Indian journal of veterinary science and animal husbandry - Volume 2,
Year: 1932
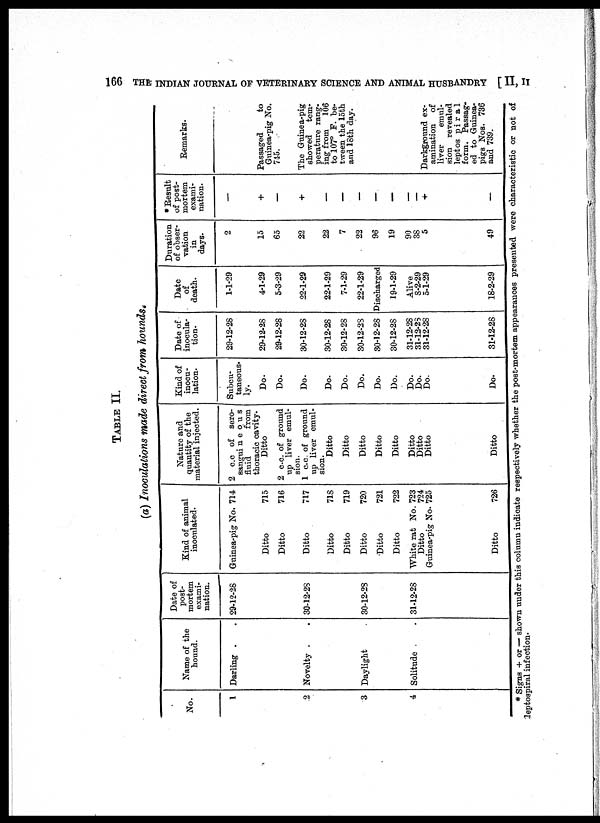
166 THE INDIAN JOURNAL OF VETERINARY SCIENCE AND ANIMAL HUSBANDRY [ II, II
TABLE II.
(a) Inoculations made direct from hounds.
No.
1
2
3
4
Name of the
hound.
Darling . .
Novelty . .
Daylight .
Solitude . .
Date of
post-
mortem
exami-
nation.
29-12-28
30-12-28
30-12-28
31-12-28
Kind of animal
inoculated.
Guinea-pig No. 714
Ditto
715
Ditto
716
Ditto
717
Ditto
718
Ditto
719
Ditto
720
Ditto
721
Ditto
722
White rat No. 723
Ditto
724
Guinea-pig No. 725
Ditto
726
Nature and
quantity of the
material injected.
2 c.c of sero¬
sangui neous
fluid
from
thoracic cavity.
Ditto
2 c.c. of ground
up liver emul-
sion.
1 cc. of ground
up liver emul-
sion.
Ditto
Ditto
Ditto
Ditto
Ditto
Ditto
Ditto
Ditto
Ditto
Kind of
inocu-
lation.
Subcu-
taneous¬
ly.
Do.
Do.
Do.
Do.
Do.
Do.
Do.
Do.
Do.
Do.
Do.
Do.
Date of
inocula-
tion.
29-12-28
29-12-28
29-12-28
30-12-28
30-12-28
30-12-28
30-12-28
30-12-28
30-12-28
31-12-28
31-12-28
31-12-28
31-12-28
Date
of
death.
1-1-29
4-1-29
5-3-29
22-1-29
22-1-29
7-1-29
22-1-29
Discharged
19-1-29
Alive
8-2-29
5-1-29
18-2-29
Duration
of obser-
vation
in
days.
2
15
65
22
22
7
22
96
19
90
38
5
49
*Result
of post-
mortem
exami-
nation.
—
+
+
—
—
—
—
—
—
—
+
—
Remarks.
Passaged
to
Guinea-pig No.
745.
The Guinea-pig
showed
tem-
perature rang-
ing from
106
to 107° P. be-
tween the 15th
and 18th day.
Darkground ex-
amination of
liver
emul-
sion revealed
leptos pi r a 1
form. Passag-
ed to Guinea¬
pigs Nos. 736
and 739.
* Signs + or — shown under this column indicate respectively whether the post-mortem appearances presented were characteristic or not of
leptospiral infection-